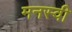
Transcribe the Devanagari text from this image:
मनस्‍वी